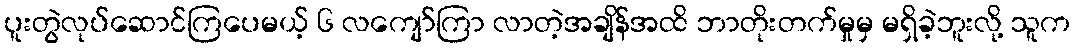
ပူးတွဲလုပ်ဆောင်ကြပေမယ့် ၆ လကျော်ကြာ လာတဲ့အချိန်အထိ ဘာတိုးတက်မှုမှ မရှိခဲ့ဘူးလို့ သူက